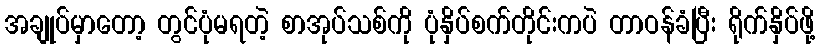
အချုပ်မှာတော့ တွင်ပုံမရတဲ့ စာအုပ်သစ်ကို ပုံနှိပ်စက်တိုင်းကပဲ တာဝန်ခံပြီး ရိုက်နှိပ်ဖို့